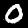
Label: 0